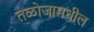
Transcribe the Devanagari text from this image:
तळोजामधील